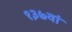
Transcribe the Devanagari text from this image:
१३७वां